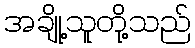
အချို့သူတို့သည်